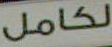
لكامل